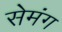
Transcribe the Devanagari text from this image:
सेमंग